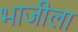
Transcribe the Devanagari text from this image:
भाजीला